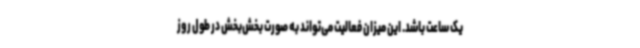
یک ساعت باشد. این میزان فعالیت می‌تواند به صورت بخش‌بخش در طول روز